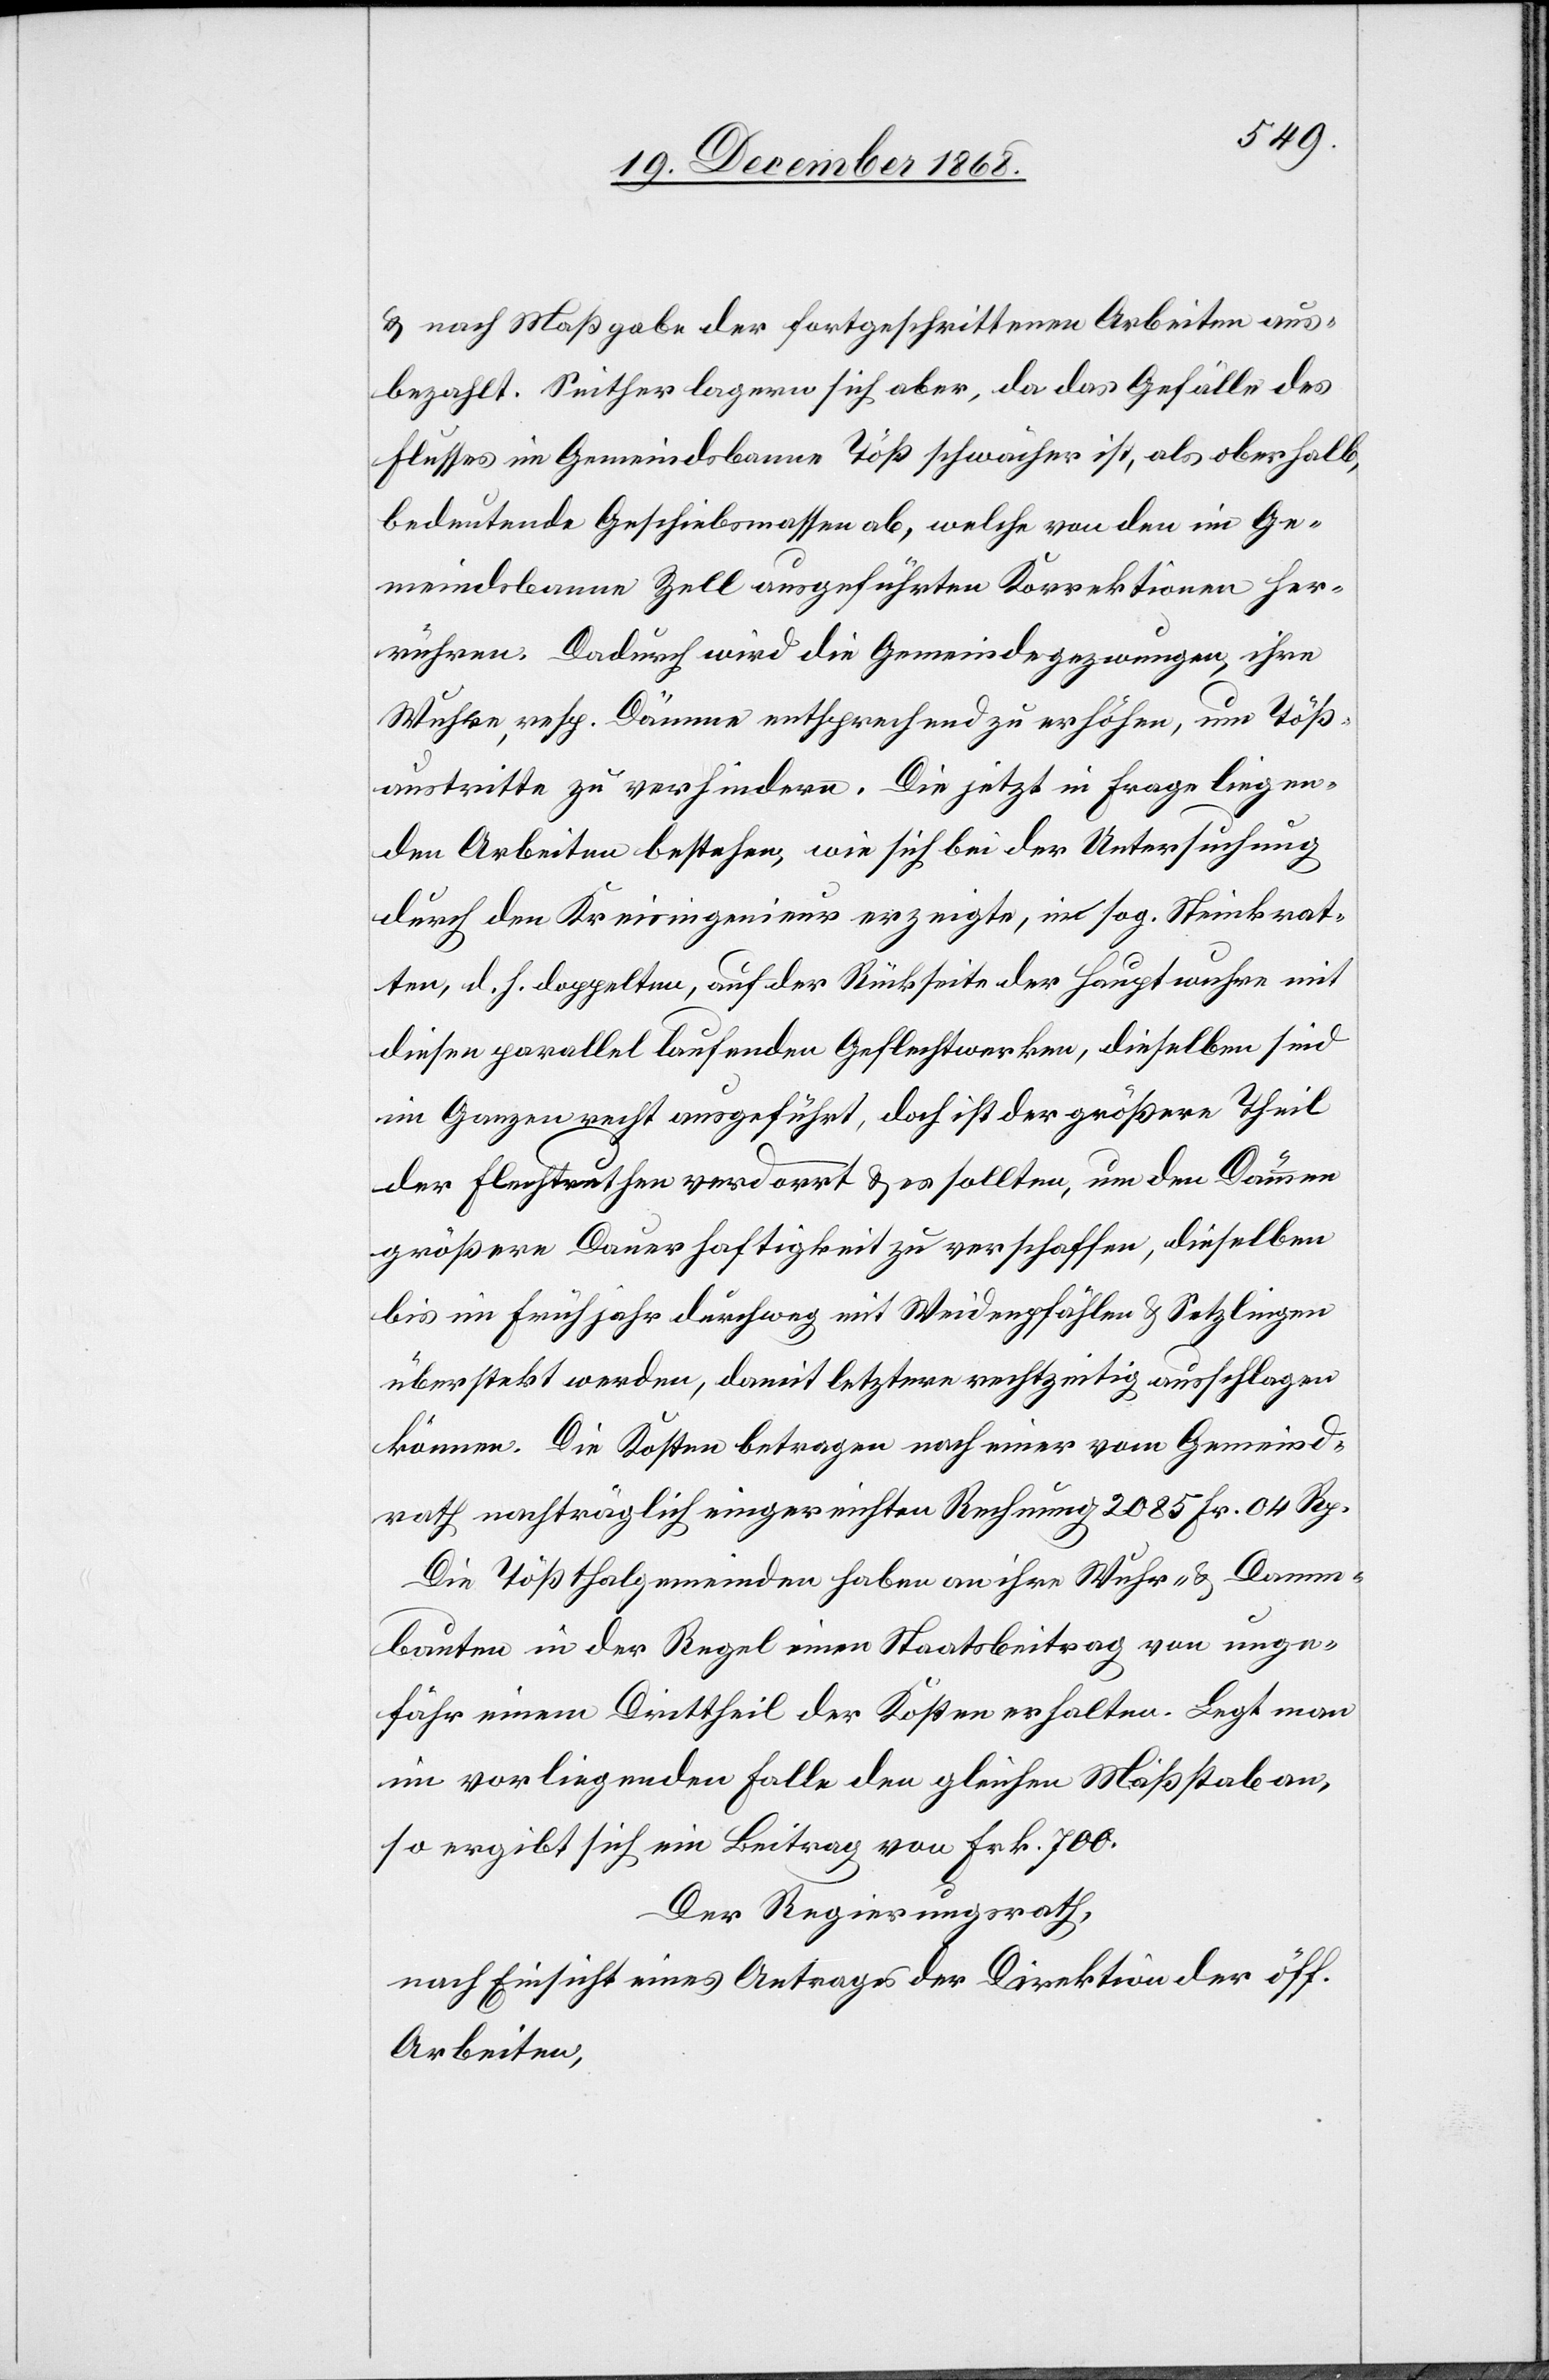
& nach Maßgabe der fortgeschrittenen Arbeiten aus¬
bezahlt. Seither lagern sich aber, da das Gefälle des
Flusses im Gemeindsbanne Töß schwächer ist, als oberhalb,
bedeutende Geschiebsmassen ab, welche von den im Ge¬
meindsbanne Zell ausgeführten Korrektionen her¬
rühren. Dadurch wird die Gemeinde gezwungen, ihre
Wuhre, resp. Dämme entsprechend zu erhöhen, um Töß¬
austritte zu verhindern. Die jetzt in Frage liegen¬
den Arbeiten bestehen, wie sich bei der Untersuchung
durch den Kreisingenieur erzeigte, in sog. Steinkrat¬
ten, d. h. doppelten, auf der Rückseite der Hauptwuhre mit
diesen parallel laufenden Geflechtwerken, dieselben sind
im Ganzen recht ausgeführt, doch ist der größere Theil
der Flechtruthen verdorrt & es sollten, um den Dämmen
größere Dauerhaftigkeit zu verschaffen, dieselben
bis im Frühjahr durchweg mit Weidenpfählen & Setzlingen
überstekt werden, damit letztere rechtzeitig ausschlagen
können. Die Kosten betragen nach einer vom Gemeind¬
rath nachträglich eingereichten Rechnung 2085 Fr. 04 Rp.
Die Tößthalgemeinden haben an ihre Wuhr- & Damm¬
bauten in der Regel einen Staatsbeitrag von unge¬
fähr einem Drittheil der Kosten erhalten. Legt man
im vorliegenden Falle den gleichen Maßstab an,
so ergibt sich ein Beitrag von Frk. 700.
Der Regierungsrath,
nach Einsicht eines Antrages der Direktion der öff.
Arbeiten,